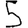
Digit: 5